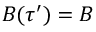
B ( \tau ^ { \prime } ) = B